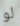
لو